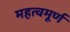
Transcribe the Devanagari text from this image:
महत्वमूर्ण